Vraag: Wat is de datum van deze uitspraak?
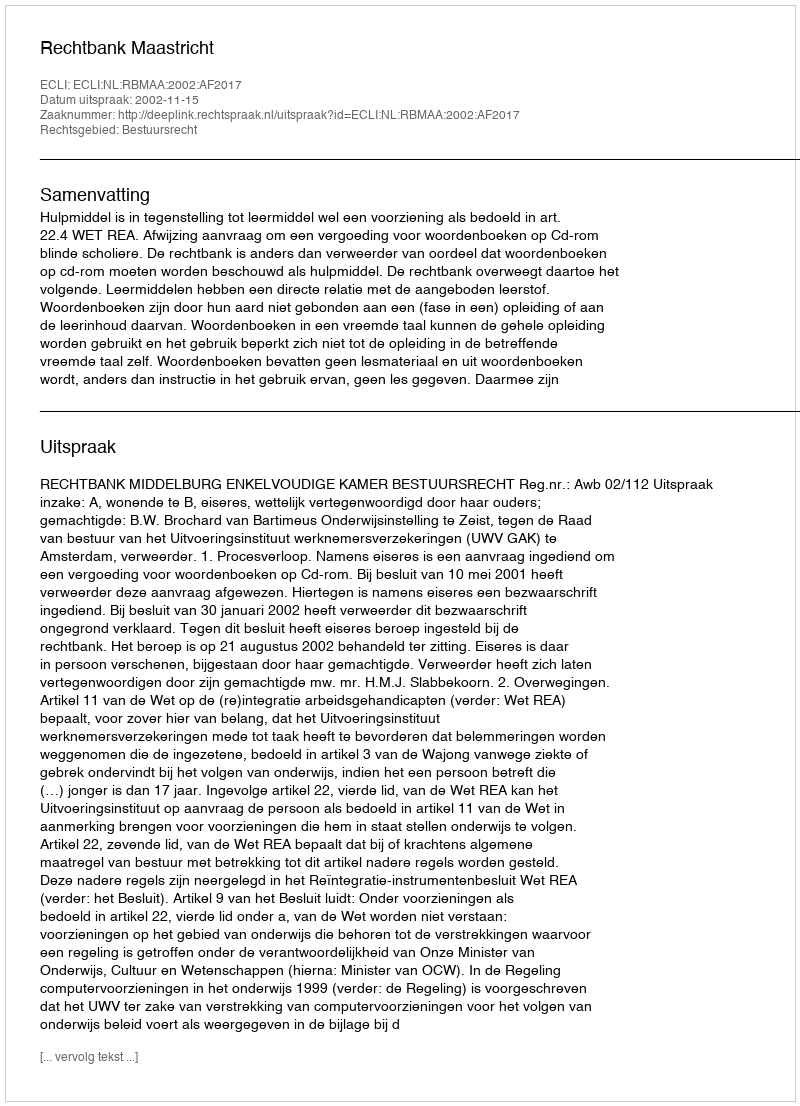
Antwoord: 2002-11-15